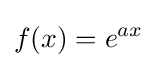
f(x)=e^{ax}